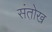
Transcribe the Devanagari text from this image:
संतो़ख